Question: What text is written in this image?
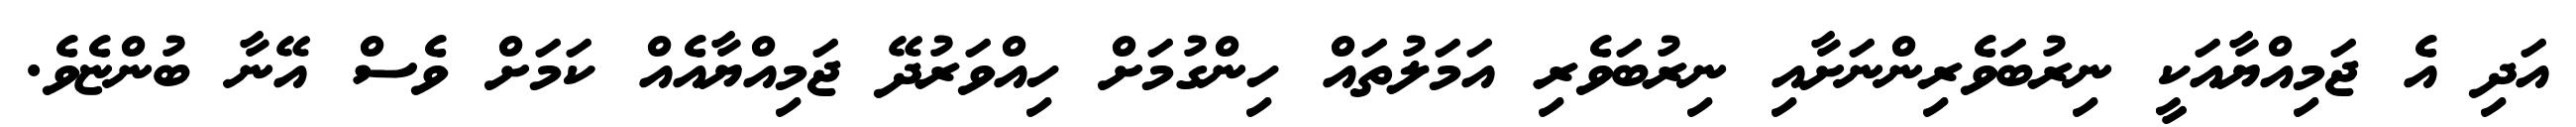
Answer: އަދި އެ ޖަމިއްޔާއަކީ ނިރުބަވެރިންނަށާއި ނިރުބަވެރި އަމަލުތައް ހިންގުމަށް ހިއްވަރުދޭ ޖަމިއްޔާއެއް ކަމަށް ވެސް އޭނާ ބުންޏެވެ.